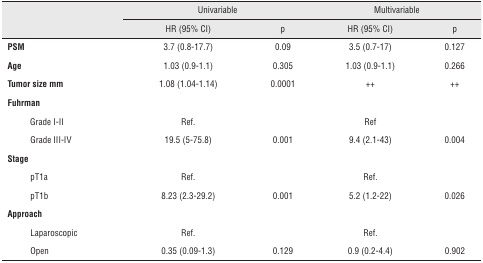
|  |  | <COLSPAN=2> Univariable | <COLSPAN=2> Multivariable |
 |  |  | HR (95% CI) | p | HR (95% CI) | p |
 | --- | --- | --- | --- | --- | --- |
 | <COLSPAN=2> PSM | 3.7 (0.8-17.7) | 0.09 | 3.5 (0.7-17) | 0.127 |
 | <COLSPAN=2> Age | 1.03 (0.9-1.1) | 0.305 | 1.03 (0.9-1.1) | 0.266 |
 | <COLSPAN=2> Tumor size mm | 1.08 (1.04-1.14) | 0.0001 | ++ | ++ |
 | <COLSPAN=2> Fuhrman |  |  |  |  |
 |  | Grade I-II | Ref. |  | Ref |  |
 |  | Grade III-IV | 19.5 (5-75.8) | 0.001 | 9.4 (2.1-43) | 0.004 |
 | <COLSPAN=2> Stage |  |  |  |  |
 |  | pT1a | Ref. |  | Ref. |  |
 |  | pT1b | 8.23 (2.3-29.2) | 0.001 | 5.2 (1.2-22) | 0.026 |
 | <COLSPAN=2> Approach |  |  |  |  |
 |  | Laparoscopic | Ref. |  | Ref. |  |
 |  | Open | 0.35 (0.09-1.3) | 0.129 | 0.9 (0.2-4.4) | 0.902 |